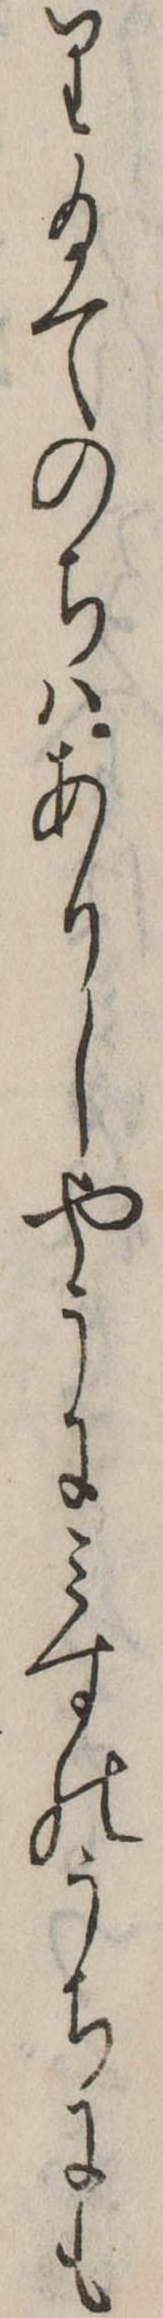
り給てのちはありしやうにみすのうちにも